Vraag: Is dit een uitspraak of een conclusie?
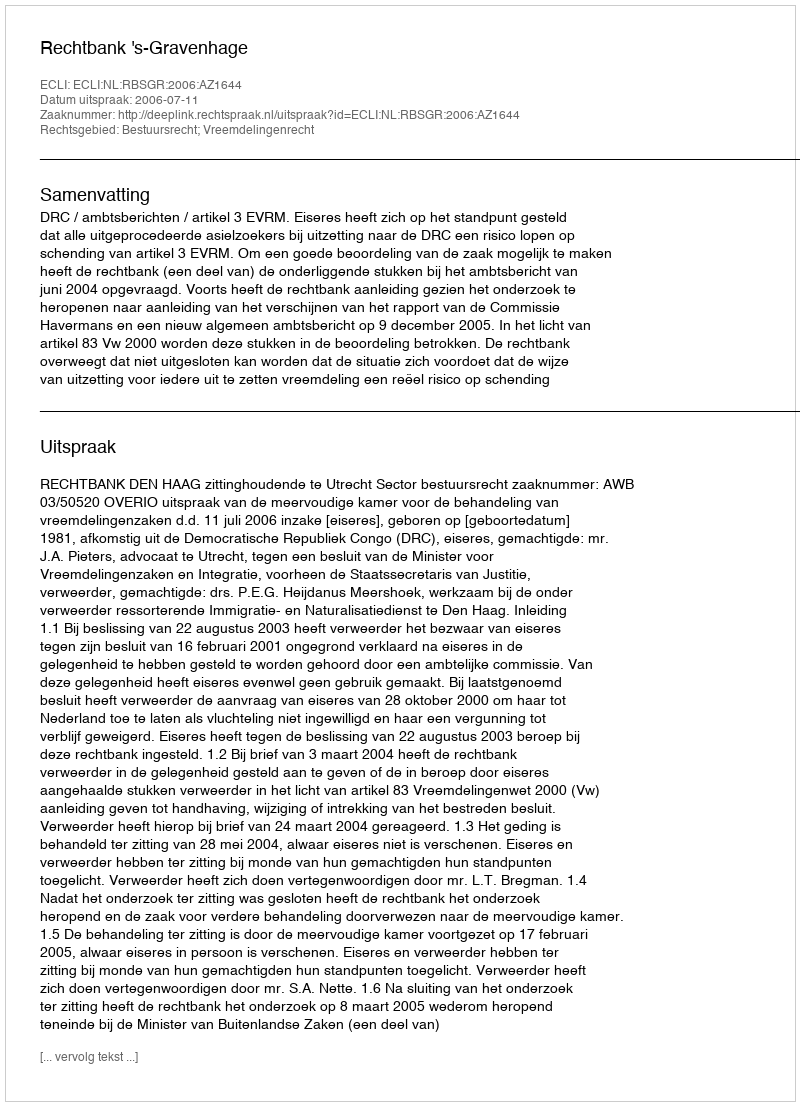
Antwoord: Uitspraak